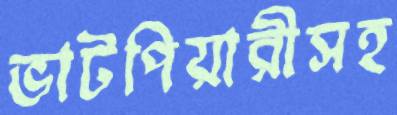
ভাটপিয়ারীসহ